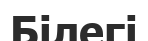
Білегі